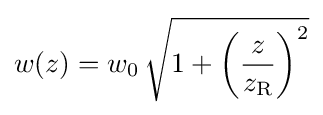
w(z)=w_{0}\,{\sqrt {1+{\left({\frac {z}{z_{\mathrm {R} }}}\right)}^{2}}}